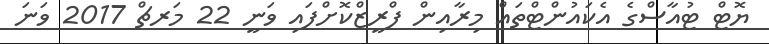
ޔޮޓް ޓުއާސްގެ އެކައުންޓްތައް މިރާއިން ފްރީޒްކޮށްފައި ވަނީ 22 މަރޗް 2017 ވަނަ